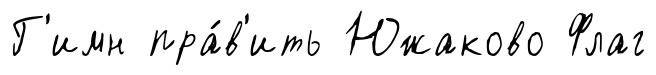
Г'имн пра́в'ить Южаково Флаг